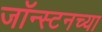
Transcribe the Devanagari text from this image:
जॉन्स्टनच्या